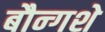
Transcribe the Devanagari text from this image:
बौन्गशे